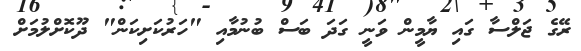
ރޭގެ ޖަލްސާ ގައި ޔާމީން ވަނީ ގަދަ ބަސް ބުނުމާއި "ހަރުކަށިކަން" ދޫކޮށްލުމަށް